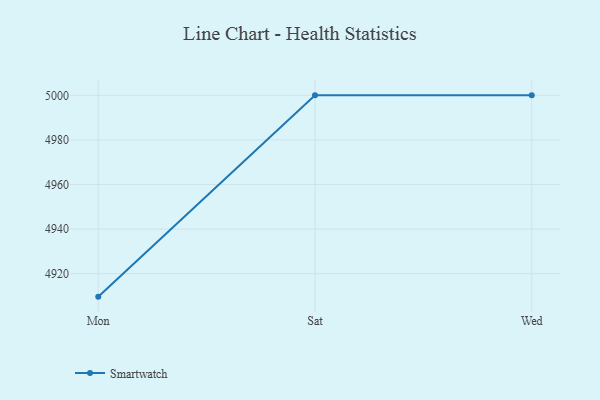
{"axis": {"x": "Day", "y": "Population (Million)"}, "legend": ["Smartwatch"], "data": [{"x": "Mon", "y": 4909.7, "type": "Smartwatch"}, {"x": "Sat", "y": 5000, "type": "Smartwatch"}, {"x": "Wed", "y": 5000, "type": "Smartwatch"}]}